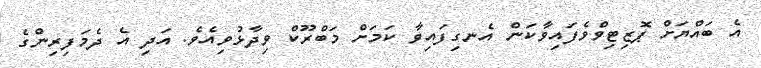
އެ ބައްޔަށް ޕޮޒިޓިވްވެފައިވާކަން އެނގިފައިވާ ކަމަށް މަބްރޫކް ވިދާޅުވިއެވެ. އަދި އެ ދެމަފިރިންގެ